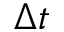
\Delta t